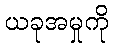
ယခုအမှုကို